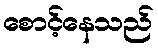
စောင့်နေသည်